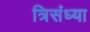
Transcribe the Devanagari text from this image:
त्रिसंध्या